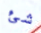
شئ